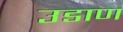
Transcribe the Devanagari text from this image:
उडाण